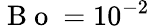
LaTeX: \mathrm{~B~o~}=10^{-2}